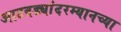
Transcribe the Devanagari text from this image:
आठवड्यांदरम्यानच्या